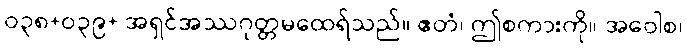
ဝ၃၈+ဝ၃၉+ အရှင်အဿဂုတ္တမထေရ်သည်။ ဧတံ၊ ဤစကားကို။ အဝေါစ၊